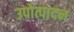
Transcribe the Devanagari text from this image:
उपोत्पादन